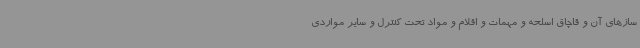
سازهای آن و قاچاق اسلحه و مهمات و اقلام و مواد تحت کنترل و سایر مواردی